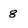
Character: 8